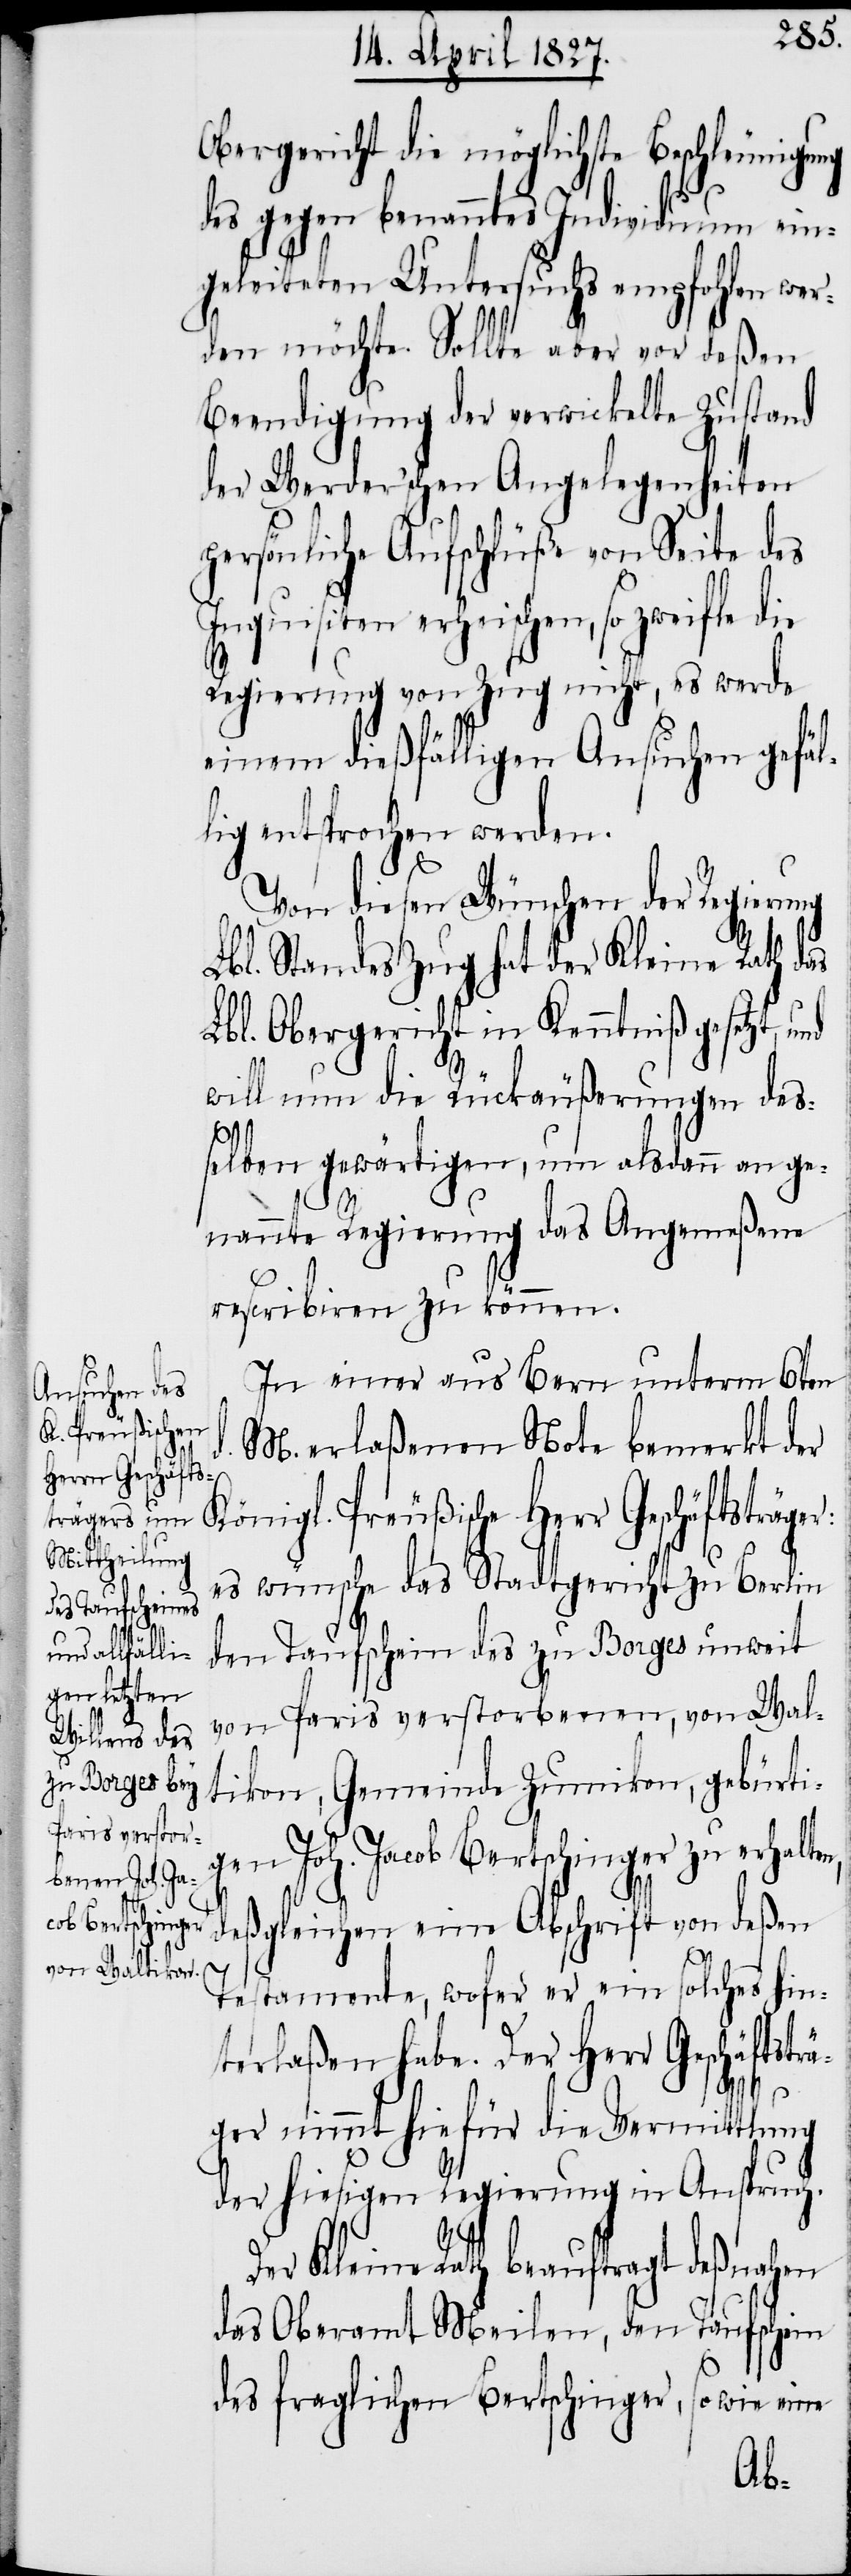
Obergericht die möglichste Beschleunigung
des gegen benanntes Individuum ein¬
geleiteten Untersuchs empfohlen wer¬
den möchte. Sollte aber vor deßen
Beendigung der verwickelte Zustand
der Werder’schen Angelegenheiten
persönliche Aufschlüße von Seite des
Inquisiten erheischen, so zweifle die
Regierung von Zug nicht, es werde
einem dießfälligen Ansuchen gefäl¬
lig entsprochen werden.
d.
r:
Von diesen Wünschen der Regierung
Lbl. Standes Zug hat der Kleine Rath das
Lbl. Obergericht in Kenntniß gesetzt,
will nun die Rückäußerungen des¬
selben gewärtigen, um alsdann an ge¬
nannte Regierung das Angemeßene
rescribiren zu können.
In einer aus Bern unterm 6ten
M. erlaßenen Note bemerkt der
Königl. Preußische Herr Geschäftsträge¬
es wünsche das Stadtgericht zu Berlin
den Taufschein des zu Borges unweit
von Paris verstorbenen, von Wal¬
tikon, Gemeinde Zumikon, gebürti¬
gen Joh. Jacob Bertschinger zu erhalt¬
en,
deßgleichen eine Abschrift von deßen
Testamente, wofer er ein solches hin¬
terlaßen habe. Der Herr Geschäftstr¬
äger nimmt hiefür die Vermittlung
der hiesigen Regierung in Anspruch.
Der Kleine Rath beauftragt deßnahen
das Oberamt Meilen, den Taufschein
des fraglichen Bertschinger, so wie eine